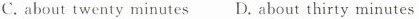
C. about twenty minutes D. About thirty minutes